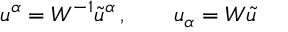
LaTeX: u ^ { \alpha } = W ^ { - 1 } \widetilde { u } ^ { \alpha } \, , \qquad u _ { \alpha } = W \widetilde { u }